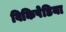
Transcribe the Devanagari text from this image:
विकिपेडिया